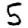
Digit: 5